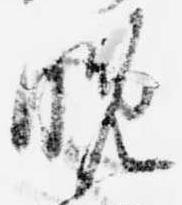
晩